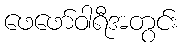
ဖေဖော်ဝါရီအတွင်း